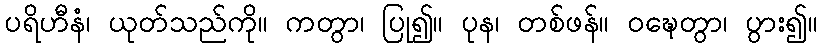
ပရိဟီနံ၊ ယုတ်သည်ကို။ ကတွာ၊ ပြု၍။ ပုန၊ တစ်ဖန်။ ဝဍ္ဎေတွာ၊ ပွား၍။